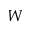
W